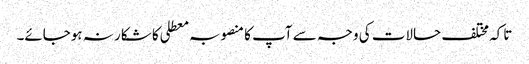
تاکہ مختلف حالات کی وجہ سے آپ کا منصوبہ معطلی کا شکار نہ ہوجائے۔